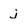
Character: j